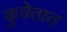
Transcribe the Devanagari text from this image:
कुवेतात